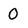
Character: 0